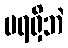
မရရှိဘဲ